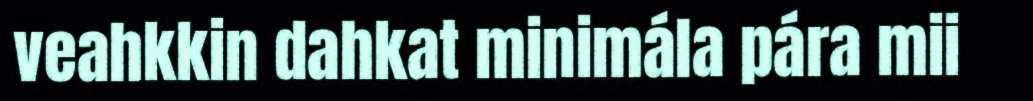
veahkkin dahkat minimála pára mii